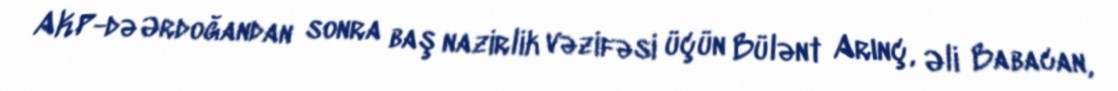
AKP-də Ərdoğandan sonra baş nazirlik vəzifəsi üçün Bülənt Arınç, Əli Babacan,